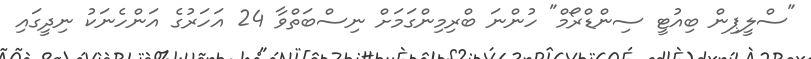
"ސްލީޕިން ބިއުޓީ ސިންޑްރޯމް" ހުންނަ ބްރިމިންގަމަށް ނިސްބަތްވާ 24 އަހަރުގެ އަންހެނަކު ނިދީގައި